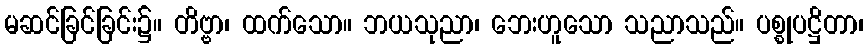
မဆင်ခြင်ခြင်း၌။ တိဗ္ဗာ၊ ထက်သော။ ဘယသုညာ၊ ဘေးဟူသော သညာသည်။ ပစ္စုပဋ္ဌိတာ၊